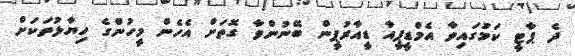
ދެ ޕާޓީ ކަމުގައިވާ އެމްޑީޕީއާ ޑީއާރުޕީން ބޭނުންވާ ގޮތަށް އެހެން މީހުންގެ ހިޔާލުތަކަށް